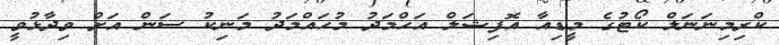
ކްރިމިނަނަލް ކޯޓުގެ މީޑިއާ އޮފިޝަލް އަހްމަދު މުހައްމަދު މަނިކު ސަން އަށް ވިދާޅުވީ